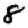
Digit: 8